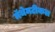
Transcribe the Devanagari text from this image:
मॅथेमटीकल